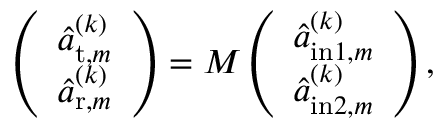
\left( \begin{array} { l } { \hat { a } _ { \mathrm { t } , m } ^ { ( k ) } } \\ { \hat { a } _ { \mathrm { r } , m } ^ { ( k ) } } \end{array} \right) = M \left( \begin{array} { l } { \hat { a } _ { \mathrm { i n } 1 , m } ^ { ( k ) } } \\ { \hat { a } _ { \mathrm { i n } 2 , m } ^ { ( k ) } } \end{array} \right) ,